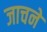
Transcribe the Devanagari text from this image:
जाचने